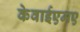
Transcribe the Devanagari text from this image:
केवाईएमए